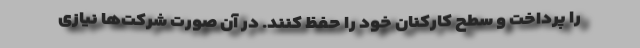
را پرداخت و سطح کارکنان خود را حفظ کنند. در آن صورت شرکت‌ها نیازی